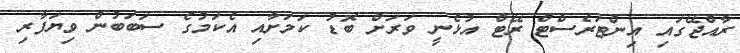
ރާއްޖޭގައި އިންޓަރެސްޓް ރޭޓް އުޅެނީ ވަރަށް ބޮޑު ކަމަށާއި އެކަމުގެ ސަބަބުން ވިޔަފާރި